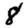
Digit: 8